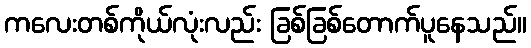
ကလေးတစ်ကိုယ်လုံးလည်း ခြစ်ခြစ်တောက်ပူနေသည်။